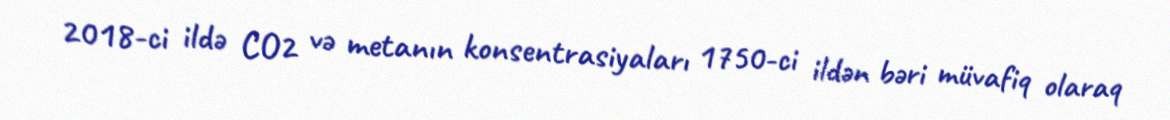
2018-ci ildə CO2 və metanın konsentrasiyaları 1750-ci ildən bəri müvafiq olaraq